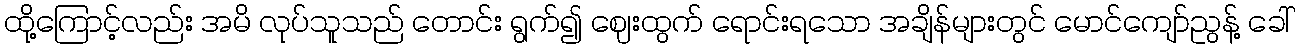
ထို့ကြောင့်လည်း အမိ လုပ်သူသည် တောင်း ရွက်၍ ဈေးထွက် ရောင်းရသော အချိန်များတွင် မောင်ကျော်ညွန့် ခေါ်